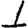
Digit: 1